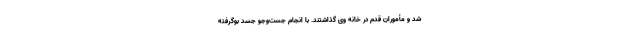
شد و مأموران قدم در خانه وی گذاشتند. با انجام جست‌و‌جو جسد بوگرفته